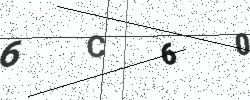
Text: 6C60